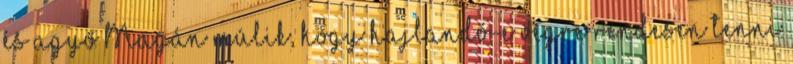
és agyő Magán múlik, hogy hajlandó-e végre rendesen tenni